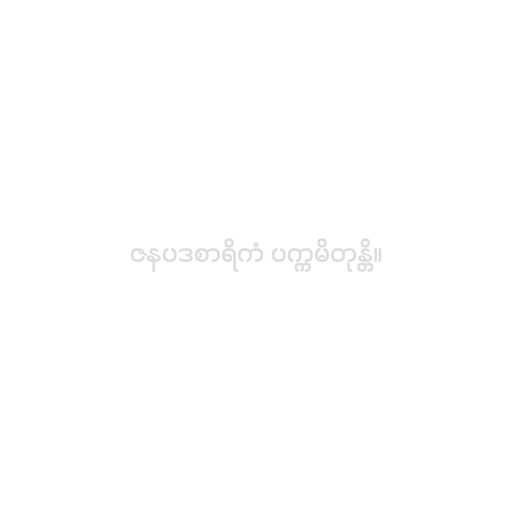
ဇနပဒစာရိကံ ပက္ကမိတုန္တိ။